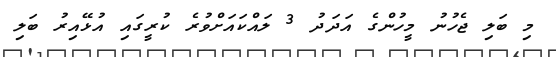
މި ބަލި ޖެހުނު މީހުންގެ އަދަދު 3 ލައްކައަށްވުރެ ކުރީގައި އުޅޭއިރު ބަލި